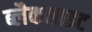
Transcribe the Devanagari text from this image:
ब्लैकलाइट